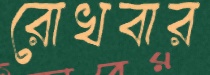
রোখবার